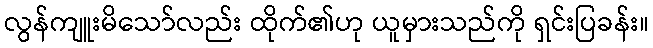
လွန်ကျူးမိသော်လည်း ထိုက်၏ဟု ယူမှားသည်ကို ရှင်းပြခန်း။